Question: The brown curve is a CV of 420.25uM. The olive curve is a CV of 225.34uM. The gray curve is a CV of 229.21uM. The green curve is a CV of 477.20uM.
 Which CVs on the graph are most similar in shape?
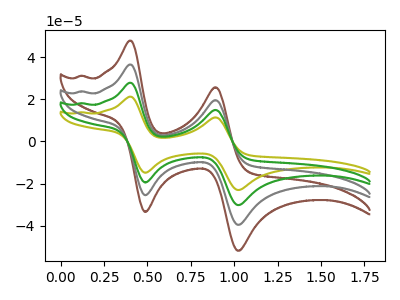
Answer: <think>The brown curve "420.25uM" has anodic peaks at (0.40V, 83.50uA) (0.90V, 44.90uA) and cathodic peaks at (0.50V, -58.35uA) (1.00V, -90.55uA). The olive curve "225.34uM" has anodic peaks at (0.40V, 21.25uA) (0.90V, 11.40uA) and cathodic peaks at (0.50V, -14.85uA) (1.00V, -23.05uA). The gray curve "229.21uM" has anodic peaks at (0.40V, 55.65uA) (0.90V, 29.95uA) and cathodic peaks at (0.50V, -38.90uA) (1.00V, -60.35uA). The green curve "477.20uM" has anodic peaks at (0.40V, 27.85uA) (0.90V, 14.95uA) and cathodic peaks at (0.50V, -19.45uA) (1.00V, -30.20uA).
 All the peaks in "420.25uM" have a peak in "225.34uM" at the same potential. Every peak in "420.25uM" is higher than every peak in "225.34uM". All the peaks in "420.25uM" have a peak in "229.21uM" at the same potential. Every peak in "420.25uM" is higher than every peak in "229.21uM". All the peaks in "420.25uM" have a peak in "477.20uM" at the same potential. Every peak in "420.25uM" is higher than every peak in "477.20uM". All the peaks in "225.34uM" have a peak in "229.21uM" at the same potential. Every peak in "225.34uM" is lower than every peak in "229.21uM". All the peaks in "225.34uM" have a peak in "477.20uM" at the same potential. Every peak in "225.34uM" is lower than every peak in "477.20uM". All the peaks in "229.21uM" have a peak in "477.20uM" at the same potential. Every peak in "229.21uM" is higher than every peak in "477.20uM".</think>
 <answer>"225.34uM", "420.25uM", "229.21uM" and "477.20uM" have the same shape and are likely CV's of the same chemical.</answer>
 <eval>"225.34uM" "420.25uM" "229.21uM" "477.20uM"</eval>